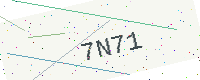
Text: 7N71